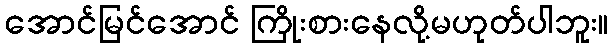
အောင်မြင်အောင် ကြိုးစားနေလို့မဟုတ်ပါဘူး။